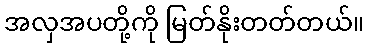
အလှအပတို့ကို မြတ်နိုးတတ်တယ်။